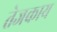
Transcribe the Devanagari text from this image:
तेजकाय